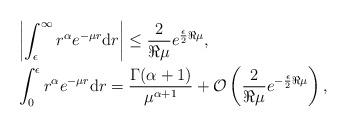
LaTeX: \begin{align*} & \left\vert \int_{\epsilon}^{\infty} r^{\alpha}e^{-\mu r}\mathrm dr \right\vert \leq \frac{2}{\Re\mu}e^{\frac{\epsilon}{2}\Re{\mu}} , \\& \int_{0}^{\epsilon}r^{\alpha}e^{-\mu r}\mathrm dr = \frac{\Gamma(\alpha+1)}{\mu^{\alpha+1}} +\mathcal O\left( \frac{2}{\Re{\mu}}e^{-\frac{\epsilon}{2}\Re{\mu}}\right), \end{align*}